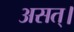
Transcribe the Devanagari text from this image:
असत्।